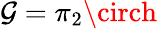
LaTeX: \mathcal{G}=\pi_{2}\circh